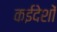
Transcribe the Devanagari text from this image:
कईदेशों